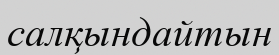
салқындайтын